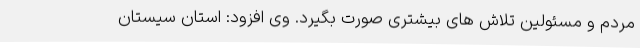
مردم و مسئولین تلاش های بیشتری صورت بگیرد. وی افزود: استان سیستان